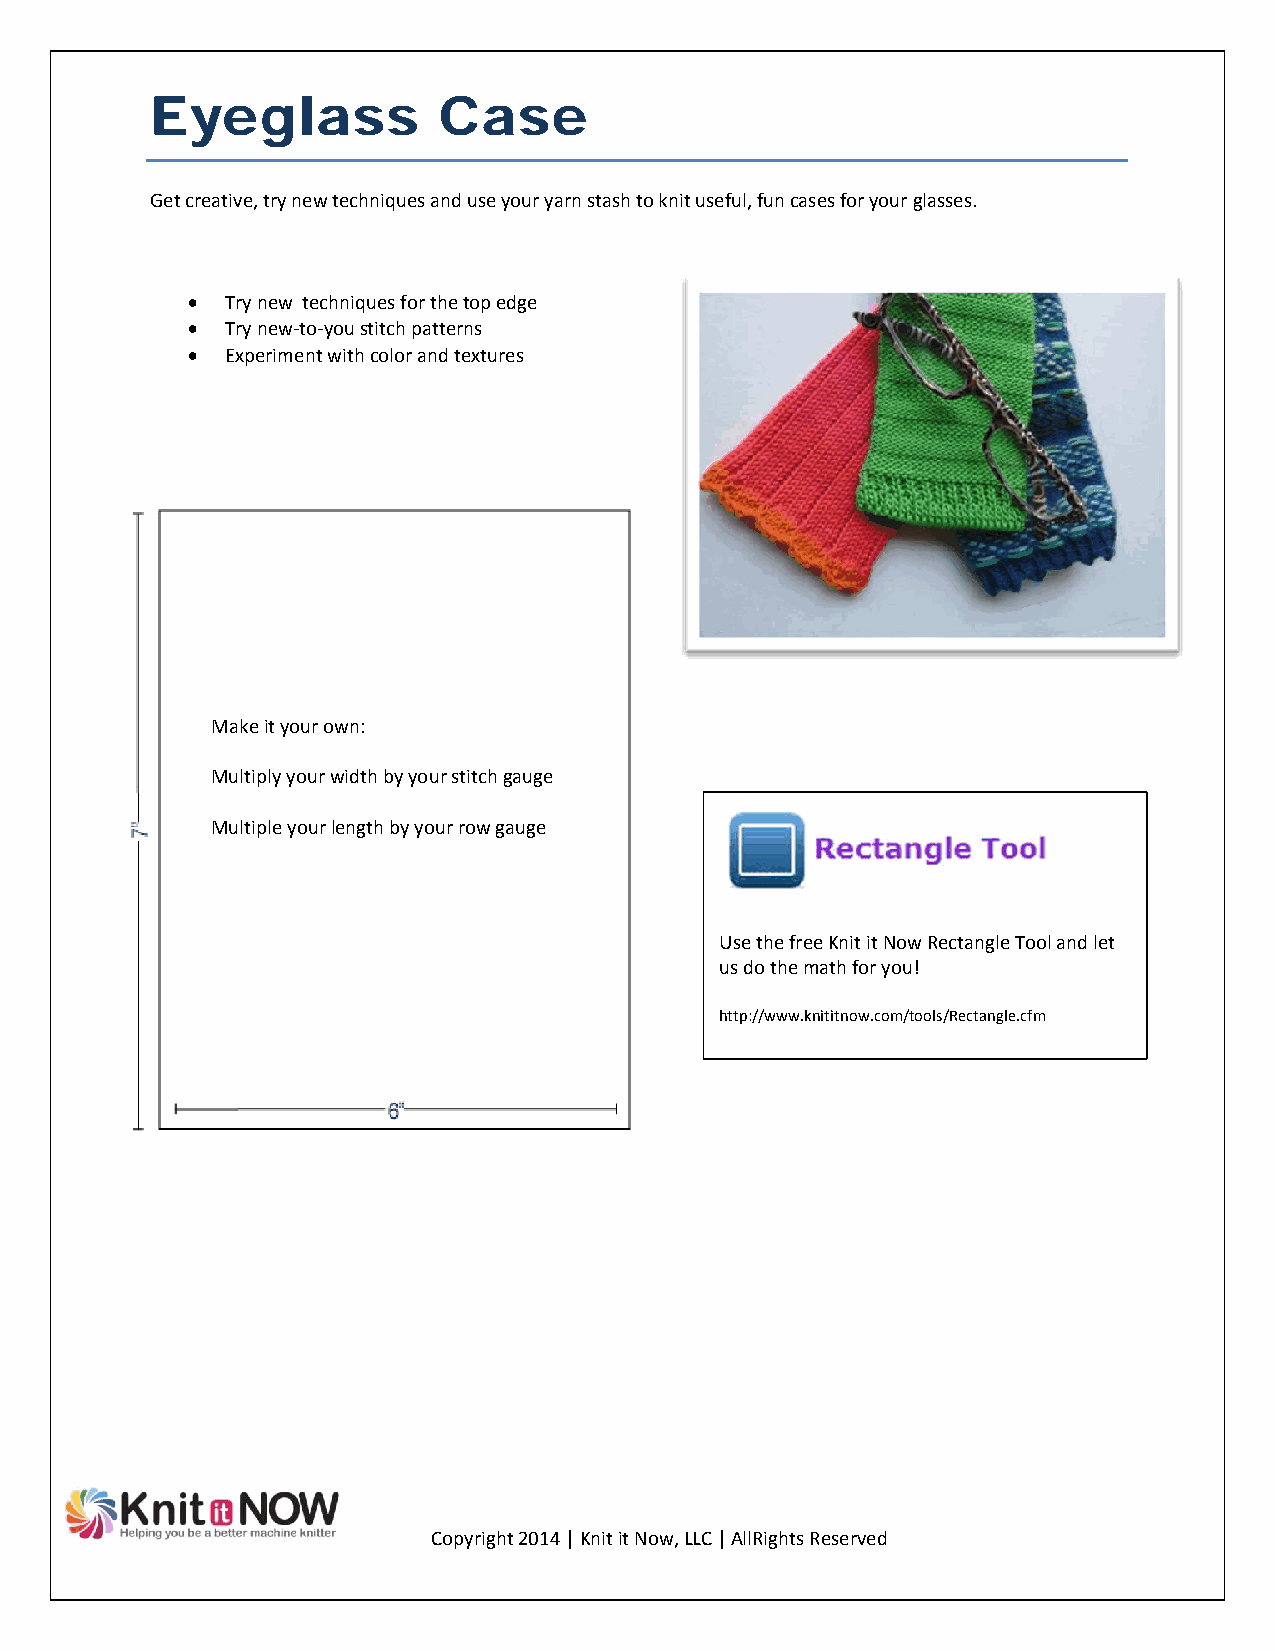
Eyeglass           Case
 Get creative, try new techniques and use your yarn stash to knit useful, fun cases for your glasses.
   Try new techniques for the top edge
   Try new‐to‐you stitch patterns
   Experiment with color and textures
 Make it your own:
 Multiply your width by your stitch gauge
 Multiple your length by your row gauge
 Use the free Knit it Now Rectangle Tool and let
 us do the math for you!
 http://www.knititnow.com/tools/Rectangle.cfm
 Copyright 2014 | Knit it Now, LLC | AllRights Reserved